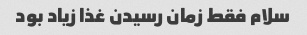
سلام فقط زمان رسیدن غذا زیاد بود